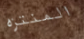
المنتزه